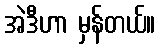
အဲဒီဟာ မှန်တယ်။